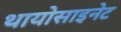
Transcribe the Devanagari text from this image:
थायोसाइनेट